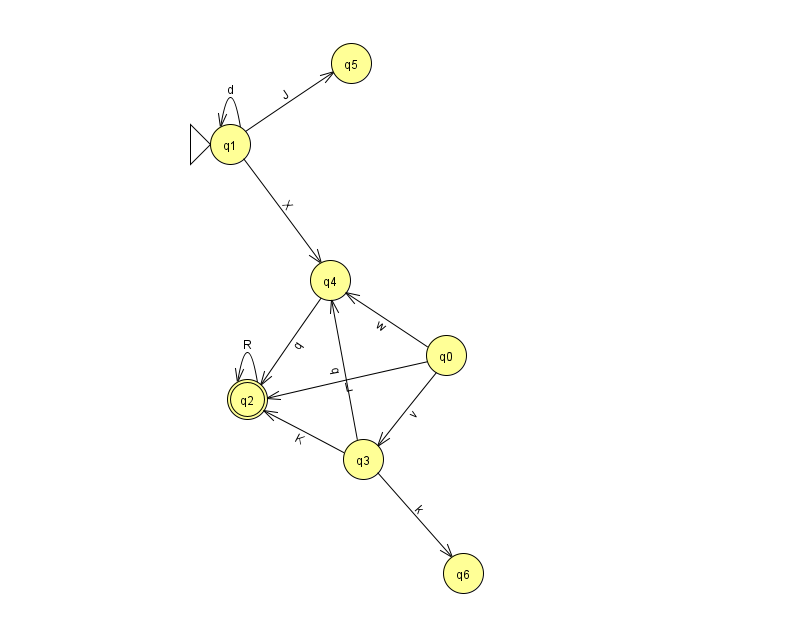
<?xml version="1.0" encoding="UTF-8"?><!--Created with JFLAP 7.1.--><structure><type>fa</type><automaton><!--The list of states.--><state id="0" name="q0"><x>446.0</x><y>342.0</y></state><state id="1" name="q1"><x>230.0</x><y>131.0</y><initial/></state><state id="2" name="q2"><x>247.0</x><y>386.0</y><final/></state><state id="3" name="q3"><x>363.0</x><y>446.0</y></state><state id="4" name="q4"><x>330.0</x><y>267.0</y></state><state id="5" name="q5"><x>351.0</x><y>50.0</y></state><state id="6" name="q6"><x>463.0</x><y>560.0</y></state><!--The list of transitions.--><transition><from>0</from><to>3</to><read>v</read></transition><transition><from>0</from><to>2</to><read>L</read></transition><transition><from>1</from><to>5</to><read>J</read></transition><transition><from>2</from><to>2</to><read>R</read></transition><transition><from>3</from><to>2</to><read>K</read></transition><transition><from>1</from><to>1</to><read>d</read></transition><transition><from>4</from><to>2</to><read>q</read></transition><transition><from>1</from><to>4</to><read>X</read></transition><transition><from>3</from><to>6</to><read>k</read></transition><transition><from>0</from><to>4</to><read>w</read></transition><transition><from>3</from><to>4</to><read>q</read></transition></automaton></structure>